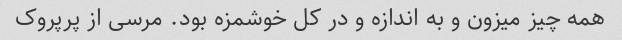
همه چیز میزون و به اندازه و در کل خوشمزه بود. مرسی از پرپروک